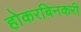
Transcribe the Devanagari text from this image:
होकरबिनकरी